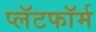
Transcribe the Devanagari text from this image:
प्लॅटफाॅर्म